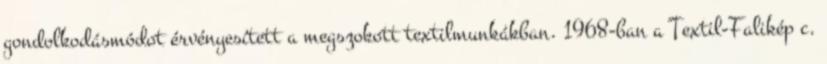
gondolkodásmódot érvényesített a megszokott textilmunkákban. 1968-ban a Textil-Falikép c.